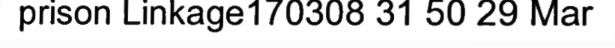
prison Linkage170308 31 50 29 Mar